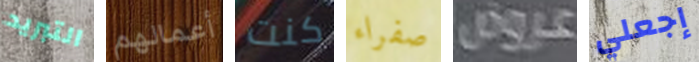
التبريد أعمالهم كنت صفراء عروض إجعلي